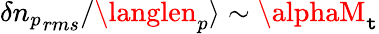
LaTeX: \delta{n_{p}}_{rms}/\langlen_{p}\rangle\sim\alphaM_{\mathtt{t}}